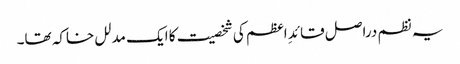
یہ نظم دراصل قائدِ اعظم کی شخصیت کا ایک مدلل خاکہ تھا۔